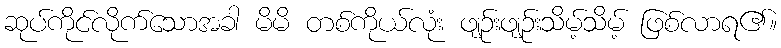
ဆုပ်ကိုင်လိုက်သောအခါ မိမိ တစ်ကိုယ်လုံး ဖျဉ်းဖျဉ်းသိမ့်သိမ့် ဖြစ်လာရ၏။